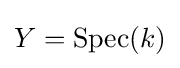
Y={\text{Spec}}(k)